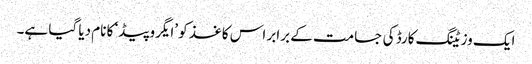
ایک وزیٹنگ کارڈ کی جسامت کے برابر اس کاغذ کو ’ایگروپیڈ‘ کا نام دیا گیا ہے۔